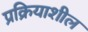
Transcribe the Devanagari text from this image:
प्रक्रियाशील